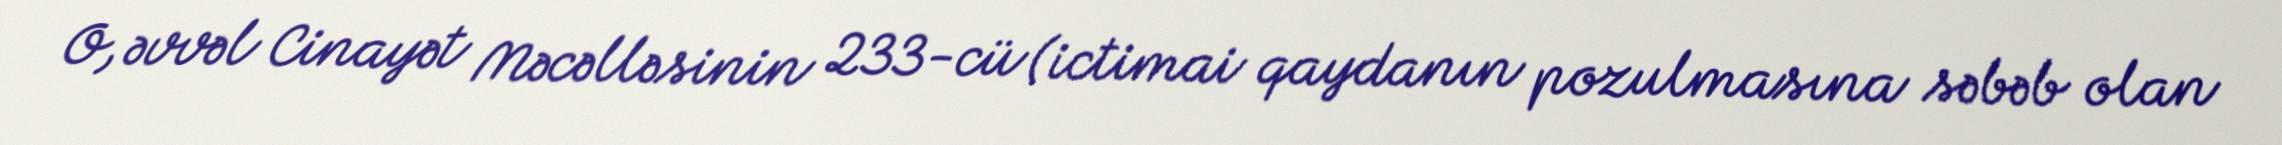
O, əvvəl Cinayət Məcəlləsinin 233-cü (ictimai qaydanın pozulmasına səbəb olan